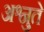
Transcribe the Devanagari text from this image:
अश्नुते